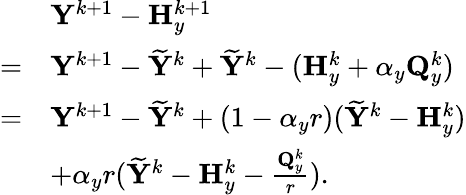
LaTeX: \begin{array}{rl}&{{\mathbf{Y}}^{k+1}-{\mathbf{H}}_{y}^{k+1}}\\ {=}&{{\mathbf{Y}}^{k+1}-\widetilde{{\mathbf{Y}}}^{k}+\widetilde{{\mathbf{Y}}}^{k}-({\mathbf{H}}_{y}^{k}+\alpha_{y}{\mathbf{Q}}_{y}^{k})}\\ {=}&{{\mathbf{Y}}^{k+1}-\widetilde{{\mathbf{Y}}}^{k}+(1-\alpha_{y}r)(\widetilde{{\mathbf{Y}}}^{k}-{\mathbf{H}}_{y}^{k})}\\ &{+\alpha_{y}r(\widetilde{{\mathbf{Y}}}^{k}-{\mathbf{H}}_{y}^{k}-\frac{{\mathbf{Q}}_{y}^{k}}{r}).}\end{array}